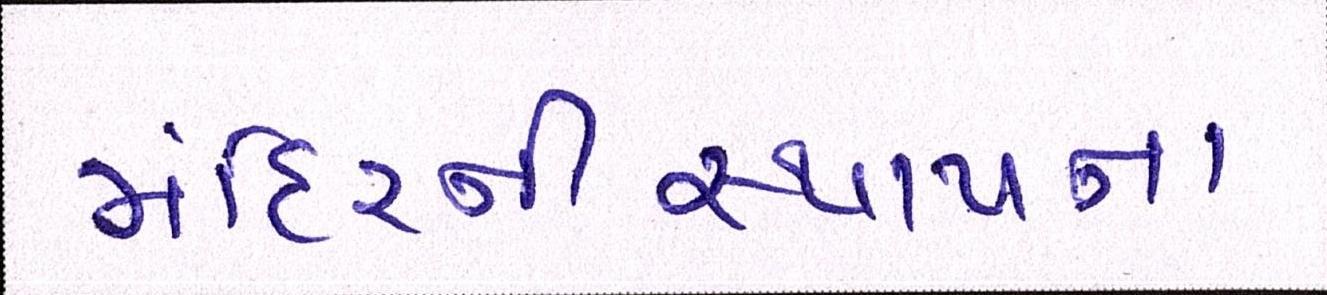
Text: મંદિરનીસ્થાપના